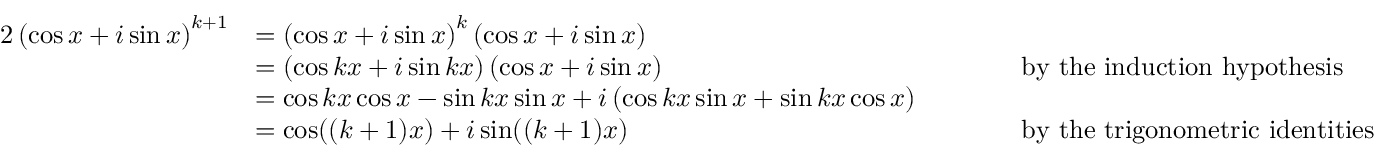
{ \begin{array} { r l r l } { { 2 } \left( \cos x + i \sin x \right) ^ { k + 1 } } & { = \left( \cos x + i \sin x \right) ^ { k } \left( \cos x + i \sin x \right) } \\ & { = \left( \cos k x + i \sin k x \right) \left( \cos x + i \sin x \right) } & & { \qquad { \mathrm { b y ~ t h e ~ i n d u c t i o n ~ h y p o t h e s i s } } } \\ & { = \cos k x \cos x - \sin k x \sin x + i \left( \cos k x \sin x + \sin k x \cos x \right) } \\ & { = \cos ( ( k + 1 ) x ) + i \sin ( ( k + 1 ) x ) } & & { \qquad { \mathrm { b y ~ t h e ~ t r i g o n o m e t r i c ~ i d e n t i t i e s } } } \end{array} }